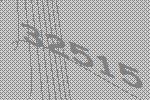
32515